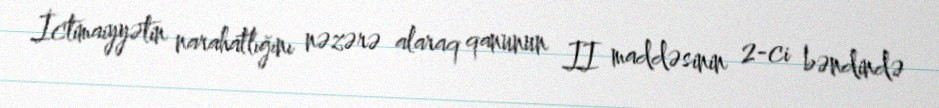
İctimaiyyətin narahatlığını nəzərə alaraq qanunun II maddəsinin 2-ci bəndində